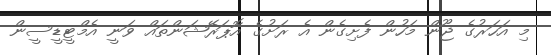
މި އަހަރުގެ ޖޫން މަހުން ފެށިގެން އެ ރަށުގެ އޮޕަރޭޝަންތައް ވަނީ އެމްޓީޑީސީން